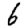
Digit: 6